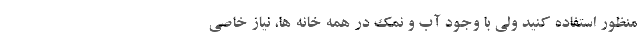
منظور استفاده کنید ولی با وجود آب و نمک در همه خانه ها، نیاز خاصی